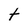
Character: t